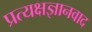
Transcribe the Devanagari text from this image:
प्रत्यक्षज्ञानवाद